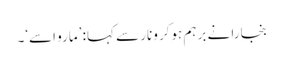
بنجارا نے برہم ہوکر ونار سے کہا: ’مارو اسے‘۔